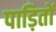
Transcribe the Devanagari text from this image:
पाड़ितों